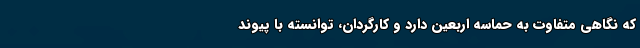
که نگاهی متفاوت به حماسه اربعین دارد و کارگردان، توانسته با پیوند